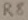
Text: R8